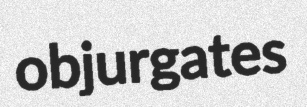
objurgates